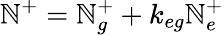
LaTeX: \mathbb{N}^{+}=\mathbb{N}_{g}^{+}+k_{eg}\mathbb{N}_{e}^{+}